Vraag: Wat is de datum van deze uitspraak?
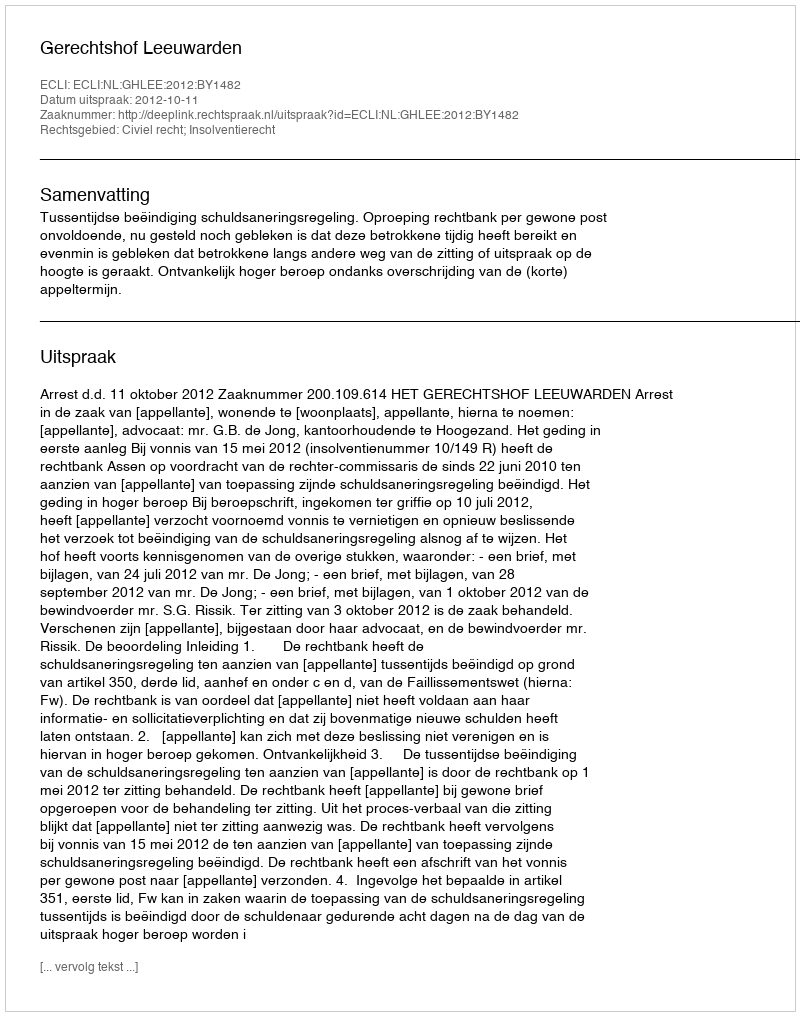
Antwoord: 2012-10-11